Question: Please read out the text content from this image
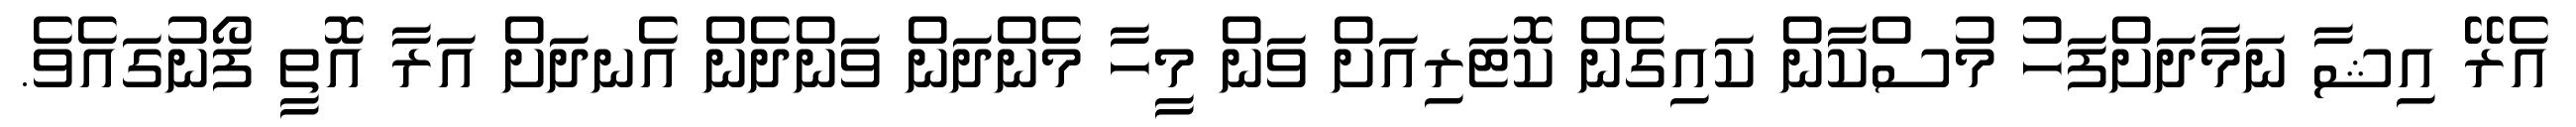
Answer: އެރޭ އިޝާ ނަމާދަށްފަހު މުސްކާން ކައިގެން ކޮޓަރިއަށް ވަން މީހާ މެންދަން ވަންދެން އެނދަށް އަރާ އޮތީ ފޯނުގައެވެ.